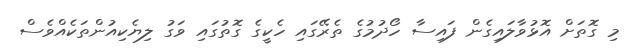
މި ގޮތަށް އޮޅުވާލައިގެން ފައިސާ ހޯދުމުގެ ތެރޭގައި ހެކީގެ ގޮތުގައި ވަގު ލިޔެކިއުންތަކެއްވެސް